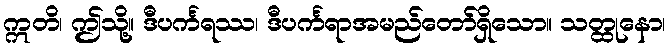
ဣတိ၊ ဤသို့။ ဒီပင်္ကရဿ၊ ဒီပင်္ကရာအမည်တော်ရှိသော။ သတ္ထုနော၊